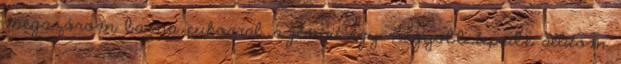
megszórom barna cukorral, a jénait egy nagyobb tepsibe állítom